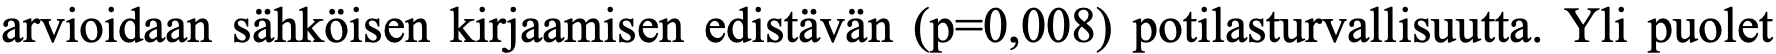
arvioidaan sähköisen kirjaamisen edistävän (p=0,008) potilasturvallisuutta. Yli puolet